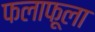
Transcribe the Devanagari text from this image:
फलाफूला